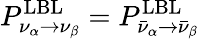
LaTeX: P_{\nu_{\alpha}\to\nu_{\beta}}^{\mathrm{LBL}}=P_{\bar{\nu}_{\alpha}\to\bar{\nu}_{\beta}}^{\mathrm{LBL}}